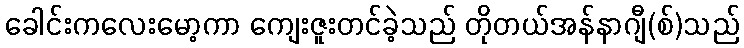
ခေါင်းကလေးမော့ကာ ကျေးဇူးတင်ခဲ့သည် တိုတယ်အန်နာဂျီ(စ်)သည်